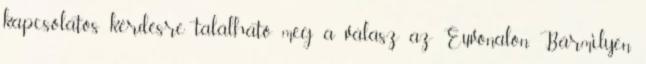
kapcsolatos kérdésre található meg a válasz az Euvonalon. Bármilyen